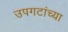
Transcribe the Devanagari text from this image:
उपगटांच्या